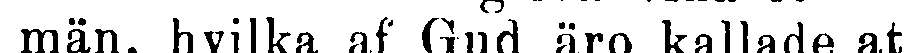
män, hvilka af Gud äro kallade at